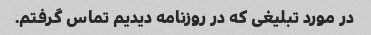
در مورد تبلیغی که در روزنامه دیدیم تماس گرفتم.